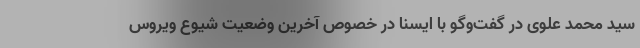
سید محمد علوی در گفت‌وگو با ایسنا در خصوص آخرین وضعیت شیوع ویروس